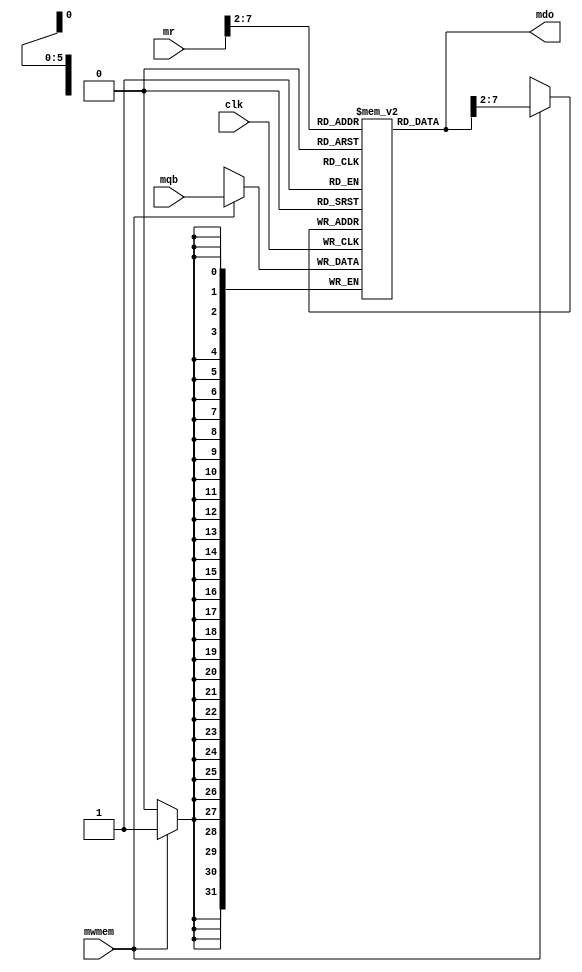
`timescale 1ns / 1ps
//////////////////////////////////////////////////////////////////////////////////
// School: PSU Main Campus
// Name: Justin Ngo
// 
// Project Name: Lab 4, Piplelined CPU
// Modules Contained: dataMem, MEMWB, wbMUX
//////////////////////////////////////////////////////////////////////////////////

// Module      : DataMem (Data Memory)
// Description : On any signal change, mdo = mr, On negative clock edge, if mwmem = 1: mr = mqb
// Input(s)    : Clock, mwmem, mr, mqb
// Output(s)   : mdo
module dataMem(input clk, input mwmem, input [31:0] mr, input [31:0] mqb, output reg [31:0] mdo);
    
    reg[31:0] dMem[63:0];

    initial begin
        dMem[0]  <= 32'hA00000AA;
        dMem[4]  <= 32'h10000011;
        dMem[8]  <= 32'h20000022;
        dMem[12] <= 32'h30000033;
        dMem[16] <= 32'h40000044;
        dMem[20] <= 32'h50000055;
        dMem[24] <= 32'h60000066;
        dMem[28] <= 32'h70000077;
        dMem[32] <= 32'h80000088;
        dMem[36] <= 32'h90000099;
    end

    //On any signal change set mdo = mr
    always @ (*) begin
        mdo = dMem[mr[31:2]];
    end

    //On negative clock edge, set mdo = mqb if mwmem = 1
    always @(negedge clk) begin
        if(mwmem == 1) begin
            dMem[mdo[31:2]] <= mqb;
        end
    end
endmodule


// Module      : MEMWB (Memory Write Back)
// Description : Set all output signals to their respective input signals
// Input(s)    : Clock, mwreg, mm2reg, mdestReg, mr, mdo
// Output(s)   : wwreg, wm2reg, wdestReg, wr, wdo
module MEMWB(
    input clk,

    input mwreg,            output reg wwreg,
    input mm2reg,           output reg wm2reg,
    input [4:0] mdestReg,   output reg [4:0] wdestReg,
    input [31:0] mr,        output reg [31:0] wr,
    input [31:0] mdo,       output reg [31:0] wdo);

    always @(posedge clk) begin
        wwreg <= mwreg;
        wm2reg <= mm2reg;
        wdestReg <= mdestReg;
        wr <= mr;
        wdo <= mdo;
    end
endmodule

// Module      : wbMUX (Write Back Multiplexer)
// Description : set wbData based on wm2reg
// Input(s)    : wr, wdo, wm2reg
// Output(s)   : wbData
module wbMUX(input [31:0] wr, input [31:0] wdo, input wm2reg, output reg [31:0] wbData);

    always @ (*) begin
        //if wm2reg = 1, wbData = wdo
        case(wm2reg)
            1: wbData = wdo;
            0: wbData = wr;
        endcase
    end
endmodule